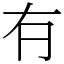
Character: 𠕆